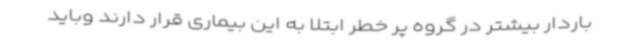
باردار بیشتر در گروه پر خطر ابتلا به این بیماری قرار دارند وباید